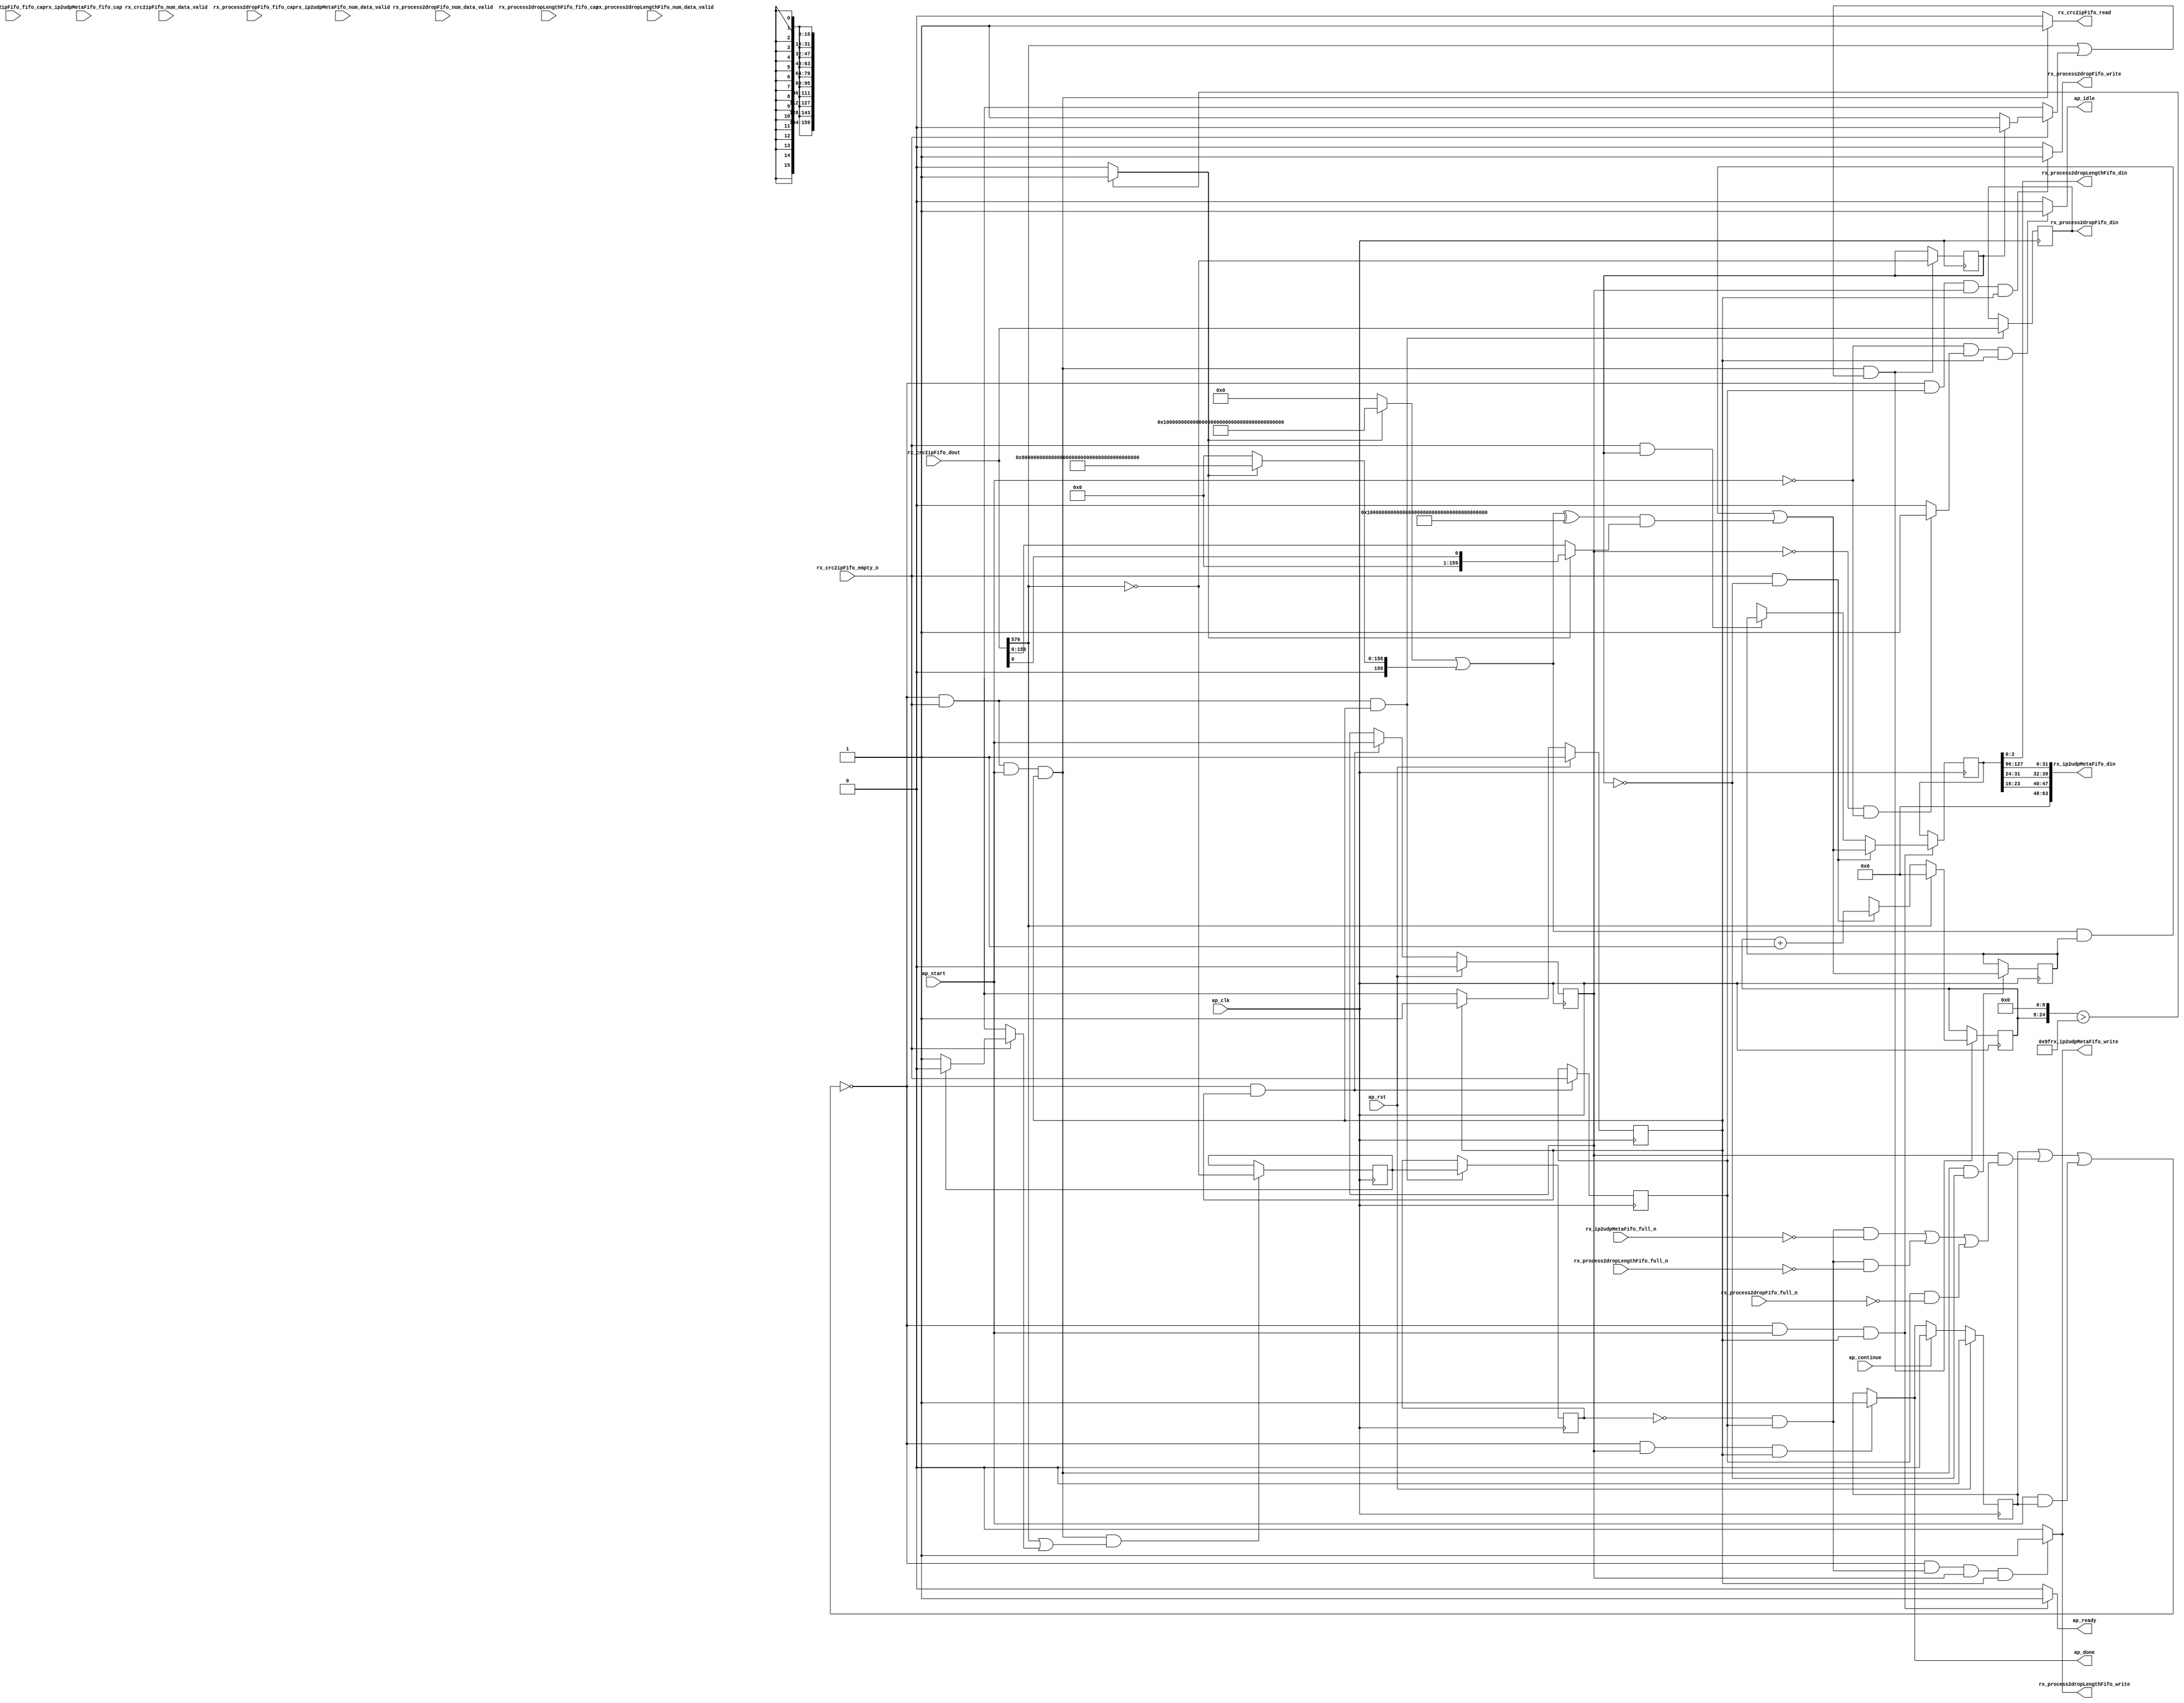
// ==============================================================
// RTL generated by Vitis HLS - High-Level Synthesis from C, C++ and OpenCL v2022.1 (64-bit)
// Version: 2022.1
// Copyright (C) Copyright 1986-2022 Xilinx, Inc. All Rights Reserved.
// 
// ===========================================================

`timescale 1 ns / 1 ps 

module rocev2_top_process_ipv4_512_s (
        ap_clk,
        ap_rst,
        ap_start,
        ap_done,
        ap_continue,
        ap_idle,
        ap_ready,
        rx_crc2ipFifo_dout,
        rx_crc2ipFifo_num_data_valid,
        rx_crc2ipFifo_fifo_cap,
        rx_crc2ipFifo_empty_n,
        rx_crc2ipFifo_read,
        rx_process2dropFifo_din,
        rx_process2dropFifo_num_data_valid,
        rx_process2dropFifo_fifo_cap,
        rx_process2dropFifo_full_n,
        rx_process2dropFifo_write,
        rx_process2dropLengthFifo_din,
        rx_process2dropLengthFifo_num_data_valid,
        rx_process2dropLengthFifo_fifo_cap,
        rx_process2dropLengthFifo_full_n,
        rx_process2dropLengthFifo_write,
        rx_ip2udpMetaFifo_din,
        rx_ip2udpMetaFifo_num_data_valid,
        rx_ip2udpMetaFifo_fifo_cap,
        rx_ip2udpMetaFifo_full_n,
        rx_ip2udpMetaFifo_write
);

parameter    ap_ST_fsm_pp0_stage0 = 1'd1;

input   ap_clk;
input   ap_rst;
input   ap_start;
output   ap_done;
input   ap_continue;
output   ap_idle;
output   ap_ready;
input  [1023:0] rx_crc2ipFifo_dout;
input  [1:0] rx_crc2ipFifo_num_data_valid;
input  [1:0] rx_crc2ipFifo_fifo_cap;
input   rx_crc2ipFifo_empty_n;
output   rx_crc2ipFifo_read;
output  [1023:0] rx_process2dropFifo_din;
input  [3:0] rx_process2dropFifo_num_data_valid;
input  [3:0] rx_process2dropFifo_fifo_cap;
input   rx_process2dropFifo_full_n;
output   rx_process2dropFifo_write;
output  [3:0] rx_process2dropLengthFifo_din;
input  [1:0] rx_process2dropLengthFifo_num_data_valid;
input  [1:0] rx_process2dropLengthFifo_fifo_cap;
input   rx_process2dropLengthFifo_full_n;
output   rx_process2dropLengthFifo_write;
output  [63:0] rx_ip2udpMetaFifo_din;
input  [1:0] rx_ip2udpMetaFifo_num_data_valid;
input  [1:0] rx_ip2udpMetaFifo_fifo_cap;
input   rx_ip2udpMetaFifo_full_n;
output   rx_ip2udpMetaFifo_write;

reg ap_done;
reg ap_idle;
reg ap_ready;
reg rx_crc2ipFifo_read;
reg rx_process2dropFifo_write;
reg rx_process2dropLengthFifo_write;
reg rx_ip2udpMetaFifo_write;

(* fsm_encoding = "none" *) reg   [0:0] ap_CS_fsm;
wire    ap_CS_fsm_pp0_stage0;
wire    ap_enable_reg_pp0_iter0;
reg    ap_enable_reg_pp0_iter1;
reg    ap_idle_pp0;
wire   [0:0] tmp_i_nbreadreq_fu_94_p3;
reg    ap_done_reg;
reg    ap_block_state1_pp0_stage0_iter0;
reg   [0:0] tmp_i_reg_403;
reg   [0:0] metaWritten_3_load_reg_425;
reg    ap_predicate_op67_write_state2;
reg    ap_predicate_op73_write_state2;
reg    ap_block_state2_pp0_stage0_iter1;
reg    ap_block_pp0_stage0_subdone;
reg   [0:0] header_ready;
reg   [15:0] header_idx;
reg   [159:0] header_header_V;
reg   [0:0] metaWritten_3;
reg    rx_crc2ipFifo_blk_n;
wire    ap_block_pp0_stage0;
reg    rx_process2dropFifo_blk_n;
reg    rx_process2dropLengthFifo_blk_n;
reg    rx_ip2udpMetaFifo_blk_n;
reg    ap_block_pp0_stage0_11001;
reg   [1023:0] rx_crc2ipFifo_read_reg_407;
wire   [159:0] p_Result_s_fu_293_p2;
wire   [0:0] header_ready_load_load_fu_178_p1;
wire   [0:0] metaWritten_3_load_load_fu_305_p1;
reg   [0:0] ap_phi_mux_header_ready_flag_0_i_phi_fu_132_p4;
wire   [0:0] ap_phi_reg_pp0_iter0_header_ready_flag_0_i_reg_129;
reg   [15:0] ap_phi_mux_header_idx_new_0_i_phi_fu_143_p4;
wire   [15:0] add_ln67_fu_202_p2;
wire   [15:0] ap_phi_reg_pp0_iter0_header_idx_new_0_i_reg_140;
reg   [0:0] ap_phi_mux_metaWritten_5_flag_0_i_phi_fu_153_p4;
wire   [0:0] ap_phi_reg_pp0_iter0_metaWritten_5_flag_0_i_reg_150;
wire   [159:0] ap_phi_reg_pp0_iter0_p_Val2_35_in_i_in_in_reg_161;
reg   [159:0] ap_phi_reg_pp0_iter1_p_Val2_35_in_i_in_in_reg_161;
wire   [0:0] xor_ln63_fu_315_p2;
wire   [0:0] or_ln63_fu_309_p2;
wire   [15:0] select_ln63_fu_321_p3;
wire   [0:0] or_ln63_1_fu_329_p2;
reg    ap_block_pp0_stage0_01001;
wire   [24:0] shl_ln_fu_190_p3;
wire   [0:0] trunc_ln414_fu_215_p1;
wire   [0:0] icmp_ln414_fu_209_p2;
wire   [159:0] st_fu_219_p3;
wire   [159:0] tmp_89_fu_198_p1;
wire   [159:0] select_ln414_fu_227_p3;
reg   [159:0] tmp_fu_235_p4;
wire   [159:0] select_ln414_15_fu_253_p3;
wire   [159:0] select_ln414_16_fu_261_p3;
wire   [159:0] or_ln414_fu_269_p2;
wire   [159:0] select_ln414_14_fu_245_p3;
wire   [159:0] xor_ln414_fu_275_p2;
wire   [159:0] and_ln414_fu_281_p2;
wire   [159:0] and_ln414_6_fu_287_p2;
wire   [0:0] currWord_last_V_fu_170_p3;
wire   [7:0] tmp_154_i_fu_378_p4;
wire   [7:0] tmp_153_i_fu_368_p4;
wire   [31:0] tmp_152_i_fu_358_p4;
wire   [47:0] tmp_285_i_fu_388_p4;
reg   [0:0] ap_NS_fsm;
reg    ap_idle_pp0_0to0;
reg    ap_reset_idle_pp0;
wire    ap_enable_pp0;
reg    ap_condition_143;
wire    ap_ce_reg;

// power-on initialization
initial begin
#0 ap_CS_fsm = 1'd1;
#0 ap_enable_reg_pp0_iter1 = 1'b0;
#0 ap_done_reg = 1'b0;
#0 header_ready = 1'd0;
#0 header_idx = 16'd0;
#0 header_header_V = 160'd1180591620717411303493;
#0 metaWritten_3 = 1'd0;
end

always @ (posedge ap_clk) begin
    if (ap_rst == 1'b1) begin
        ap_CS_fsm <= ap_ST_fsm_pp0_stage0;
    end else begin
        ap_CS_fsm <= ap_NS_fsm;
    end
end

always @ (posedge ap_clk) begin
    if (ap_rst == 1'b1) begin
        ap_done_reg <= 1'b0;
    end else begin
        if ((ap_continue == 1'b1)) begin
            ap_done_reg <= 1'b0;
        end else if (((1'b0 == ap_block_pp0_stage0_subdone) & (ap_enable_reg_pp0_iter1 == 1'b1) & (1'b1 == ap_CS_fsm_pp0_stage0))) begin
            ap_done_reg <= 1'b1;
        end
    end
end

always @ (posedge ap_clk) begin
    if (ap_rst == 1'b1) begin
        ap_enable_reg_pp0_iter1 <= 1'b0;
    end else begin
        if (((1'b0 == ap_block_pp0_stage0_subdone) & (1'b1 == ap_CS_fsm_pp0_stage0))) begin
            ap_enable_reg_pp0_iter1 <= ap_start;
        end
    end
end

always @ (posedge ap_clk) begin
    if ((1'b1 == ap_condition_143)) begin
        if (((tmp_i_nbreadreq_fu_94_p3 == 1'd1) & (header_ready_load_load_fu_178_p1 == 1'd0))) begin
            ap_phi_reg_pp0_iter1_p_Val2_35_in_i_in_in_reg_161 <= p_Result_s_fu_293_p2;
        end else if (((tmp_i_nbreadreq_fu_94_p3 == 1'd1) & (header_ready_load_load_fu_178_p1 == 1'd1))) begin
            ap_phi_reg_pp0_iter1_p_Val2_35_in_i_in_in_reg_161 <= header_header_V;
        end else if ((1'b1 == 1'b1)) begin
            ap_phi_reg_pp0_iter1_p_Val2_35_in_i_in_in_reg_161 <= ap_phi_reg_pp0_iter0_p_Val2_35_in_i_in_in_reg_161;
        end
    end
end

always @ (posedge ap_clk) begin
    if (((1'b0 == ap_block_pp0_stage0_11001) & (tmp_i_nbreadreq_fu_94_p3 == 1'd1) & (ap_start == 1'b1) & (1'b1 == ap_CS_fsm_pp0_stage0) & (header_ready_load_load_fu_178_p1 == 1'd0))) begin
        header_header_V <= p_Result_s_fu_293_p2;
    end
end

always @ (posedge ap_clk) begin
    if (((1'b0 == ap_block_pp0_stage0_11001) & (tmp_i_nbreadreq_fu_94_p3 == 1'd1) & (ap_start == 1'b1) & (1'b1 == ap_CS_fsm_pp0_stage0) & (or_ln63_fu_309_p2 == 1'd1))) begin
        header_idx <= select_ln63_fu_321_p3;
        header_ready <= xor_ln63_fu_315_p2;
    end
end

always @ (posedge ap_clk) begin
    if (((1'b0 == ap_block_pp0_stage0_11001) & (tmp_i_nbreadreq_fu_94_p3 == 1'd1) & (ap_start == 1'b1) & (1'b1 == ap_CS_fsm_pp0_stage0) & (or_ln63_1_fu_329_p2 == 1'd1))) begin
        metaWritten_3 <= xor_ln63_fu_315_p2;
    end
end

always @ (posedge ap_clk) begin
    if (((1'b0 == ap_block_pp0_stage0_11001) & (tmp_i_nbreadreq_fu_94_p3 == 1'd1) & (1'b1 == ap_CS_fsm_pp0_stage0))) begin
        metaWritten_3_load_reg_425 <= metaWritten_3;
        rx_crc2ipFifo_read_reg_407 <= rx_crc2ipFifo_dout;
    end
end

always @ (posedge ap_clk) begin
    if (((1'b0 == ap_block_pp0_stage0_11001) & (1'b1 == ap_CS_fsm_pp0_stage0))) begin
        tmp_i_reg_403 <= tmp_i_nbreadreq_fu_94_p3;
    end
end

always @ (*) begin
    if (((1'b0 == ap_block_pp0_stage0_subdone) & (ap_enable_reg_pp0_iter1 == 1'b1) & (1'b1 == ap_CS_fsm_pp0_stage0))) begin
        ap_done = 1'b1;
    end else begin
        ap_done = ap_done_reg;
    end
end

always @ (*) begin
    if (((ap_start == 1'b0) & (ap_idle_pp0 == 1'b1) & (1'b1 == ap_CS_fsm_pp0_stage0))) begin
        ap_idle = 1'b1;
    end else begin
        ap_idle = 1'b0;
    end
end

always @ (*) begin
    if (((ap_enable_reg_pp0_iter1 == 1'b0) & (ap_enable_reg_pp0_iter0 == 1'b0))) begin
        ap_idle_pp0 = 1'b1;
    end else begin
        ap_idle_pp0 = 1'b0;
    end
end

always @ (*) begin
    if ((ap_enable_reg_pp0_iter0 == 1'b0)) begin
        ap_idle_pp0_0to0 = 1'b1;
    end else begin
        ap_idle_pp0_0to0 = 1'b0;
    end
end

always @ (*) begin
    if (((tmp_i_nbreadreq_fu_94_p3 == 1'd1) & (header_ready_load_load_fu_178_p1 == 1'd0))) begin
        ap_phi_mux_header_idx_new_0_i_phi_fu_143_p4 = add_ln67_fu_202_p2;
    end else begin
        ap_phi_mux_header_idx_new_0_i_phi_fu_143_p4 = ap_phi_reg_pp0_iter0_header_idx_new_0_i_reg_140;
    end
end

always @ (*) begin
    if ((tmp_i_nbreadreq_fu_94_p3 == 1'd1)) begin
        if ((header_ready_load_load_fu_178_p1 == 1'd0)) begin
            ap_phi_mux_header_ready_flag_0_i_phi_fu_132_p4 = 1'd1;
        end else if ((header_ready_load_load_fu_178_p1 == 1'd1)) begin
            ap_phi_mux_header_ready_flag_0_i_phi_fu_132_p4 = 1'd0;
        end else begin
            ap_phi_mux_header_ready_flag_0_i_phi_fu_132_p4 = ap_phi_reg_pp0_iter0_header_ready_flag_0_i_reg_129;
        end
    end else begin
        ap_phi_mux_header_ready_flag_0_i_phi_fu_132_p4 = ap_phi_reg_pp0_iter0_header_ready_flag_0_i_reg_129;
    end
end

always @ (*) begin
    if ((tmp_i_nbreadreq_fu_94_p3 == 1'd1)) begin
        if ((metaWritten_3_load_load_fu_305_p1 == 1'd0)) begin
            ap_phi_mux_metaWritten_5_flag_0_i_phi_fu_153_p4 = 1'd1;
        end else if ((metaWritten_3_load_load_fu_305_p1 == 1'd1)) begin
            ap_phi_mux_metaWritten_5_flag_0_i_phi_fu_153_p4 = 1'd0;
        end else begin
            ap_phi_mux_metaWritten_5_flag_0_i_phi_fu_153_p4 = ap_phi_reg_pp0_iter0_metaWritten_5_flag_0_i_reg_150;
        end
    end else begin
        ap_phi_mux_metaWritten_5_flag_0_i_phi_fu_153_p4 = ap_phi_reg_pp0_iter0_metaWritten_5_flag_0_i_reg_150;
    end
end

always @ (*) begin
    if (((1'b0 == ap_block_pp0_stage0_subdone) & (ap_start == 1'b1) & (1'b1 == ap_CS_fsm_pp0_stage0))) begin
        ap_ready = 1'b1;
    end else begin
        ap_ready = 1'b0;
    end
end

always @ (*) begin
    if (((ap_start == 1'b0) & (ap_idle_pp0_0to0 == 1'b1))) begin
        ap_reset_idle_pp0 = 1'b1;
    end else begin
        ap_reset_idle_pp0 = 1'b0;
    end
end

always @ (*) begin
    if (((1'b0 == ap_block_pp0_stage0) & (ap_done_reg == 1'b0) & (tmp_i_nbreadreq_fu_94_p3 == 1'd1) & (ap_start == 1'b1) & (1'b1 == ap_CS_fsm_pp0_stage0))) begin
        rx_crc2ipFifo_blk_n = rx_crc2ipFifo_empty_n;
    end else begin
        rx_crc2ipFifo_blk_n = 1'b1;
    end
end

always @ (*) begin
    if (((1'b0 == ap_block_pp0_stage0_11001) & (tmp_i_nbreadreq_fu_94_p3 == 1'd1) & (ap_start == 1'b1) & (1'b1 == ap_CS_fsm_pp0_stage0))) begin
        rx_crc2ipFifo_read = 1'b1;
    end else begin
        rx_crc2ipFifo_read = 1'b0;
    end
end

always @ (*) begin
    if (((1'b0 == ap_block_pp0_stage0) & (ap_predicate_op73_write_state2 == 1'b1) & (ap_enable_reg_pp0_iter1 == 1'b1) & (1'b1 == ap_CS_fsm_pp0_stage0))) begin
        rx_ip2udpMetaFifo_blk_n = rx_ip2udpMetaFifo_full_n;
    end else begin
        rx_ip2udpMetaFifo_blk_n = 1'b1;
    end
end

always @ (*) begin
    if (((1'b0 == ap_block_pp0_stage0_11001) & (ap_predicate_op73_write_state2 == 1'b1) & (ap_enable_reg_pp0_iter1 == 1'b1) & (1'b1 == ap_CS_fsm_pp0_stage0))) begin
        rx_ip2udpMetaFifo_write = 1'b1;
    end else begin
        rx_ip2udpMetaFifo_write = 1'b0;
    end
end

always @ (*) begin
    if (((1'b0 == ap_block_pp0_stage0) & (tmp_i_reg_403 == 1'd1) & (ap_enable_reg_pp0_iter1 == 1'b1) & (1'b1 == ap_CS_fsm_pp0_stage0))) begin
        rx_process2dropFifo_blk_n = rx_process2dropFifo_full_n;
    end else begin
        rx_process2dropFifo_blk_n = 1'b1;
    end
end

always @ (*) begin
    if (((1'b0 == ap_block_pp0_stage0_11001) & (tmp_i_reg_403 == 1'd1) & (ap_enable_reg_pp0_iter1 == 1'b1) & (1'b1 == ap_CS_fsm_pp0_stage0))) begin
        rx_process2dropFifo_write = 1'b1;
    end else begin
        rx_process2dropFifo_write = 1'b0;
    end
end

always @ (*) begin
    if (((1'b0 == ap_block_pp0_stage0) & (ap_predicate_op67_write_state2 == 1'b1) & (ap_enable_reg_pp0_iter1 == 1'b1) & (1'b1 == ap_CS_fsm_pp0_stage0))) begin
        rx_process2dropLengthFifo_blk_n = rx_process2dropLengthFifo_full_n;
    end else begin
        rx_process2dropLengthFifo_blk_n = 1'b1;
    end
end

always @ (*) begin
    if (((1'b0 == ap_block_pp0_stage0_11001) & (ap_predicate_op67_write_state2 == 1'b1) & (ap_enable_reg_pp0_iter1 == 1'b1) & (1'b1 == ap_CS_fsm_pp0_stage0))) begin
        rx_process2dropLengthFifo_write = 1'b1;
    end else begin
        rx_process2dropLengthFifo_write = 1'b0;
    end
end

always @ (*) begin
    case (ap_CS_fsm)
        ap_ST_fsm_pp0_stage0 : begin
            ap_NS_fsm = ap_ST_fsm_pp0_stage0;
        end
        default : begin
            ap_NS_fsm = 'bx;
        end
    endcase
end

assign add_ln67_fu_202_p2 = (header_idx + 16'd1);

assign and_ln414_6_fu_287_p2 = (xor_ln414_fu_275_p2 & select_ln414_14_fu_245_p3);

assign and_ln414_fu_281_p2 = (or_ln414_fu_269_p2 & header_header_V);

assign ap_CS_fsm_pp0_stage0 = ap_CS_fsm[32'd0];

assign ap_block_pp0_stage0 = ~(1'b1 == 1'b1);

always @ (*) begin
    ap_block_pp0_stage0_01001 = ((ap_done_reg == 1'b1) | ((ap_enable_reg_pp0_iter1 == 1'b1) & (((ap_predicate_op73_write_state2 == 1'b1) & (rx_ip2udpMetaFifo_full_n == 1'b0)) | ((ap_predicate_op67_write_state2 == 1'b1) & (rx_process2dropLengthFifo_full_n == 1'b0)) | ((tmp_i_reg_403 == 1'd1) & (rx_process2dropFifo_full_n == 1'b0)))) | ((ap_start == 1'b1) & ((ap_done_reg == 1'b1) | ((tmp_i_nbreadreq_fu_94_p3 == 1'd1) & (rx_crc2ipFifo_empty_n == 1'b0)))));
end

always @ (*) begin
    ap_block_pp0_stage0_11001 = ((ap_done_reg == 1'b1) | ((ap_enable_reg_pp0_iter1 == 1'b1) & (((ap_predicate_op73_write_state2 == 1'b1) & (rx_ip2udpMetaFifo_full_n == 1'b0)) | ((ap_predicate_op67_write_state2 == 1'b1) & (rx_process2dropLengthFifo_full_n == 1'b0)) | ((tmp_i_reg_403 == 1'd1) & (rx_process2dropFifo_full_n == 1'b0)))) | ((ap_start == 1'b1) & ((ap_done_reg == 1'b1) | ((tmp_i_nbreadreq_fu_94_p3 == 1'd1) & (rx_crc2ipFifo_empty_n == 1'b0)))));
end

always @ (*) begin
    ap_block_pp0_stage0_subdone = ((ap_done_reg == 1'b1) | ((ap_enable_reg_pp0_iter1 == 1'b1) & (((ap_predicate_op73_write_state2 == 1'b1) & (rx_ip2udpMetaFifo_full_n == 1'b0)) | ((ap_predicate_op67_write_state2 == 1'b1) & (rx_process2dropLengthFifo_full_n == 1'b0)) | ((tmp_i_reg_403 == 1'd1) & (rx_process2dropFifo_full_n == 1'b0)))) | ((ap_start == 1'b1) & ((ap_done_reg == 1'b1) | ((tmp_i_nbreadreq_fu_94_p3 == 1'd1) & (rx_crc2ipFifo_empty_n == 1'b0)))));
end

always @ (*) begin
    ap_block_state1_pp0_stage0_iter0 = ((ap_done_reg == 1'b1) | ((tmp_i_nbreadreq_fu_94_p3 == 1'd1) & (rx_crc2ipFifo_empty_n == 1'b0)));
end

always @ (*) begin
    ap_block_state2_pp0_stage0_iter1 = (((ap_predicate_op73_write_state2 == 1'b1) & (rx_ip2udpMetaFifo_full_n == 1'b0)) | ((ap_predicate_op67_write_state2 == 1'b1) & (rx_process2dropLengthFifo_full_n == 1'b0)) | ((tmp_i_reg_403 == 1'd1) & (rx_process2dropFifo_full_n == 1'b0)));
end

always @ (*) begin
    ap_condition_143 = ((1'b0 == ap_block_pp0_stage0_11001) & (ap_start == 1'b1) & (1'b1 == ap_CS_fsm_pp0_stage0));
end

assign ap_enable_pp0 = (ap_idle_pp0 ^ 1'b1);

assign ap_enable_reg_pp0_iter0 = ap_start;

assign ap_phi_reg_pp0_iter0_header_idx_new_0_i_reg_140 = 'bx;

assign ap_phi_reg_pp0_iter0_header_ready_flag_0_i_reg_129 = 'bx;

assign ap_phi_reg_pp0_iter0_metaWritten_5_flag_0_i_reg_150 = 'bx;

assign ap_phi_reg_pp0_iter0_p_Val2_35_in_i_in_in_reg_161 = 'bx;

always @ (*) begin
    ap_predicate_op67_write_state2 = ((metaWritten_3_load_reg_425 == 1'd0) & (tmp_i_reg_403 == 1'd1));
end

always @ (*) begin
    ap_predicate_op73_write_state2 = ((metaWritten_3_load_reg_425 == 1'd0) & (tmp_i_reg_403 == 1'd1));
end

assign currWord_last_V_fu_170_p3 = rx_crc2ipFifo_dout[1024'd576];

assign header_ready_load_load_fu_178_p1 = header_ready;

assign icmp_ln414_fu_209_p2 = ((shl_ln_fu_190_p3 > 25'd159) ? 1'b1 : 1'b0);

assign metaWritten_3_load_load_fu_305_p1 = metaWritten_3;

assign or_ln414_fu_269_p2 = (select_ln414_16_fu_261_p3 | select_ln414_15_fu_253_p3);

assign or_ln63_1_fu_329_p2 = (currWord_last_V_fu_170_p3 | ap_phi_mux_metaWritten_5_flag_0_i_phi_fu_153_p4);

assign or_ln63_fu_309_p2 = (currWord_last_V_fu_170_p3 | ap_phi_mux_header_ready_flag_0_i_phi_fu_132_p4);

assign p_Result_s_fu_293_p2 = (and_ln414_fu_281_p2 | and_ln414_6_fu_287_p2);

assign rx_ip2udpMetaFifo_din = tmp_285_i_fu_388_p4;

assign rx_process2dropFifo_din = rx_crc2ipFifo_read_reg_407;

assign rx_process2dropLengthFifo_din = ap_phi_reg_pp0_iter1_p_Val2_35_in_i_in_in_reg_161[3:0];

assign select_ln414_14_fu_245_p3 = ((icmp_ln414_fu_209_p2[0:0] == 1'b1) ? tmp_fu_235_p4 : tmp_89_fu_198_p1);

assign select_ln414_15_fu_253_p3 = ((icmp_ln414_fu_209_p2[0:0] == 1'b1) ? 160'd730750818665451459101842416358141509827966271487 : 160'd0);

assign select_ln414_16_fu_261_p3 = ((icmp_ln414_fu_209_p2[0:0] == 1'b1) ? 160'd1461501637330902918203684832716283019655932542974 : 160'd0);

assign select_ln414_fu_227_p3 = ((icmp_ln414_fu_209_p2[0:0] == 1'b1) ? st_fu_219_p3 : tmp_89_fu_198_p1);

assign select_ln63_fu_321_p3 = ((currWord_last_V_fu_170_p3[0:0] == 1'b1) ? 16'd0 : ap_phi_mux_header_idx_new_0_i_phi_fu_143_p4);

assign shl_ln_fu_190_p3 = {{header_idx}, {9'd0}};

assign st_fu_219_p3 = {{trunc_ln414_fu_215_p1}, {159'd0}};

assign tmp_152_i_fu_358_p4 = {{ap_phi_reg_pp0_iter1_p_Val2_35_in_i_in_in_reg_161[127:96]}};

assign tmp_153_i_fu_368_p4 = {{ap_phi_reg_pp0_iter1_p_Val2_35_in_i_in_in_reg_161[31:24]}};

assign tmp_154_i_fu_378_p4 = {{ap_phi_reg_pp0_iter1_p_Val2_35_in_i_in_in_reg_161[23:16]}};

assign tmp_285_i_fu_388_p4 = {{{tmp_154_i_fu_378_p4}, {tmp_153_i_fu_368_p4}}, {tmp_152_i_fu_358_p4}};

assign tmp_89_fu_198_p1 = rx_crc2ipFifo_dout[159:0];

integer ap_tvar_int_0;

always @ (select_ln414_fu_227_p3) begin
    for (ap_tvar_int_0 = 160 - 1; ap_tvar_int_0 >= 0; ap_tvar_int_0 = ap_tvar_int_0 - 1) begin
        if (ap_tvar_int_0 > 159 - 0) begin
            tmp_fu_235_p4[ap_tvar_int_0] = 1'b0;
        end else begin
            tmp_fu_235_p4[ap_tvar_int_0] = select_ln414_fu_227_p3[159 - ap_tvar_int_0];
        end
    end
end

assign tmp_i_nbreadreq_fu_94_p3 = rx_crc2ipFifo_empty_n;

assign trunc_ln414_fu_215_p1 = rx_crc2ipFifo_dout[0:0];

assign xor_ln414_fu_275_p2 = (or_ln414_fu_269_p2 ^ 160'd1461501637330902918203684832716283019655932542975);

assign xor_ln63_fu_315_p2 = (currWord_last_V_fu_170_p3 ^ 1'd1);

endmodule //rocev2_top_process_ipv4_512_s